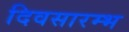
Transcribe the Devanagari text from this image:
दिवसारम्भ